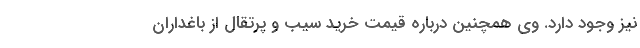
نیز وجود دارد. وی همچنین درباره قیمت خرید سیب و پرتقال از باغداران